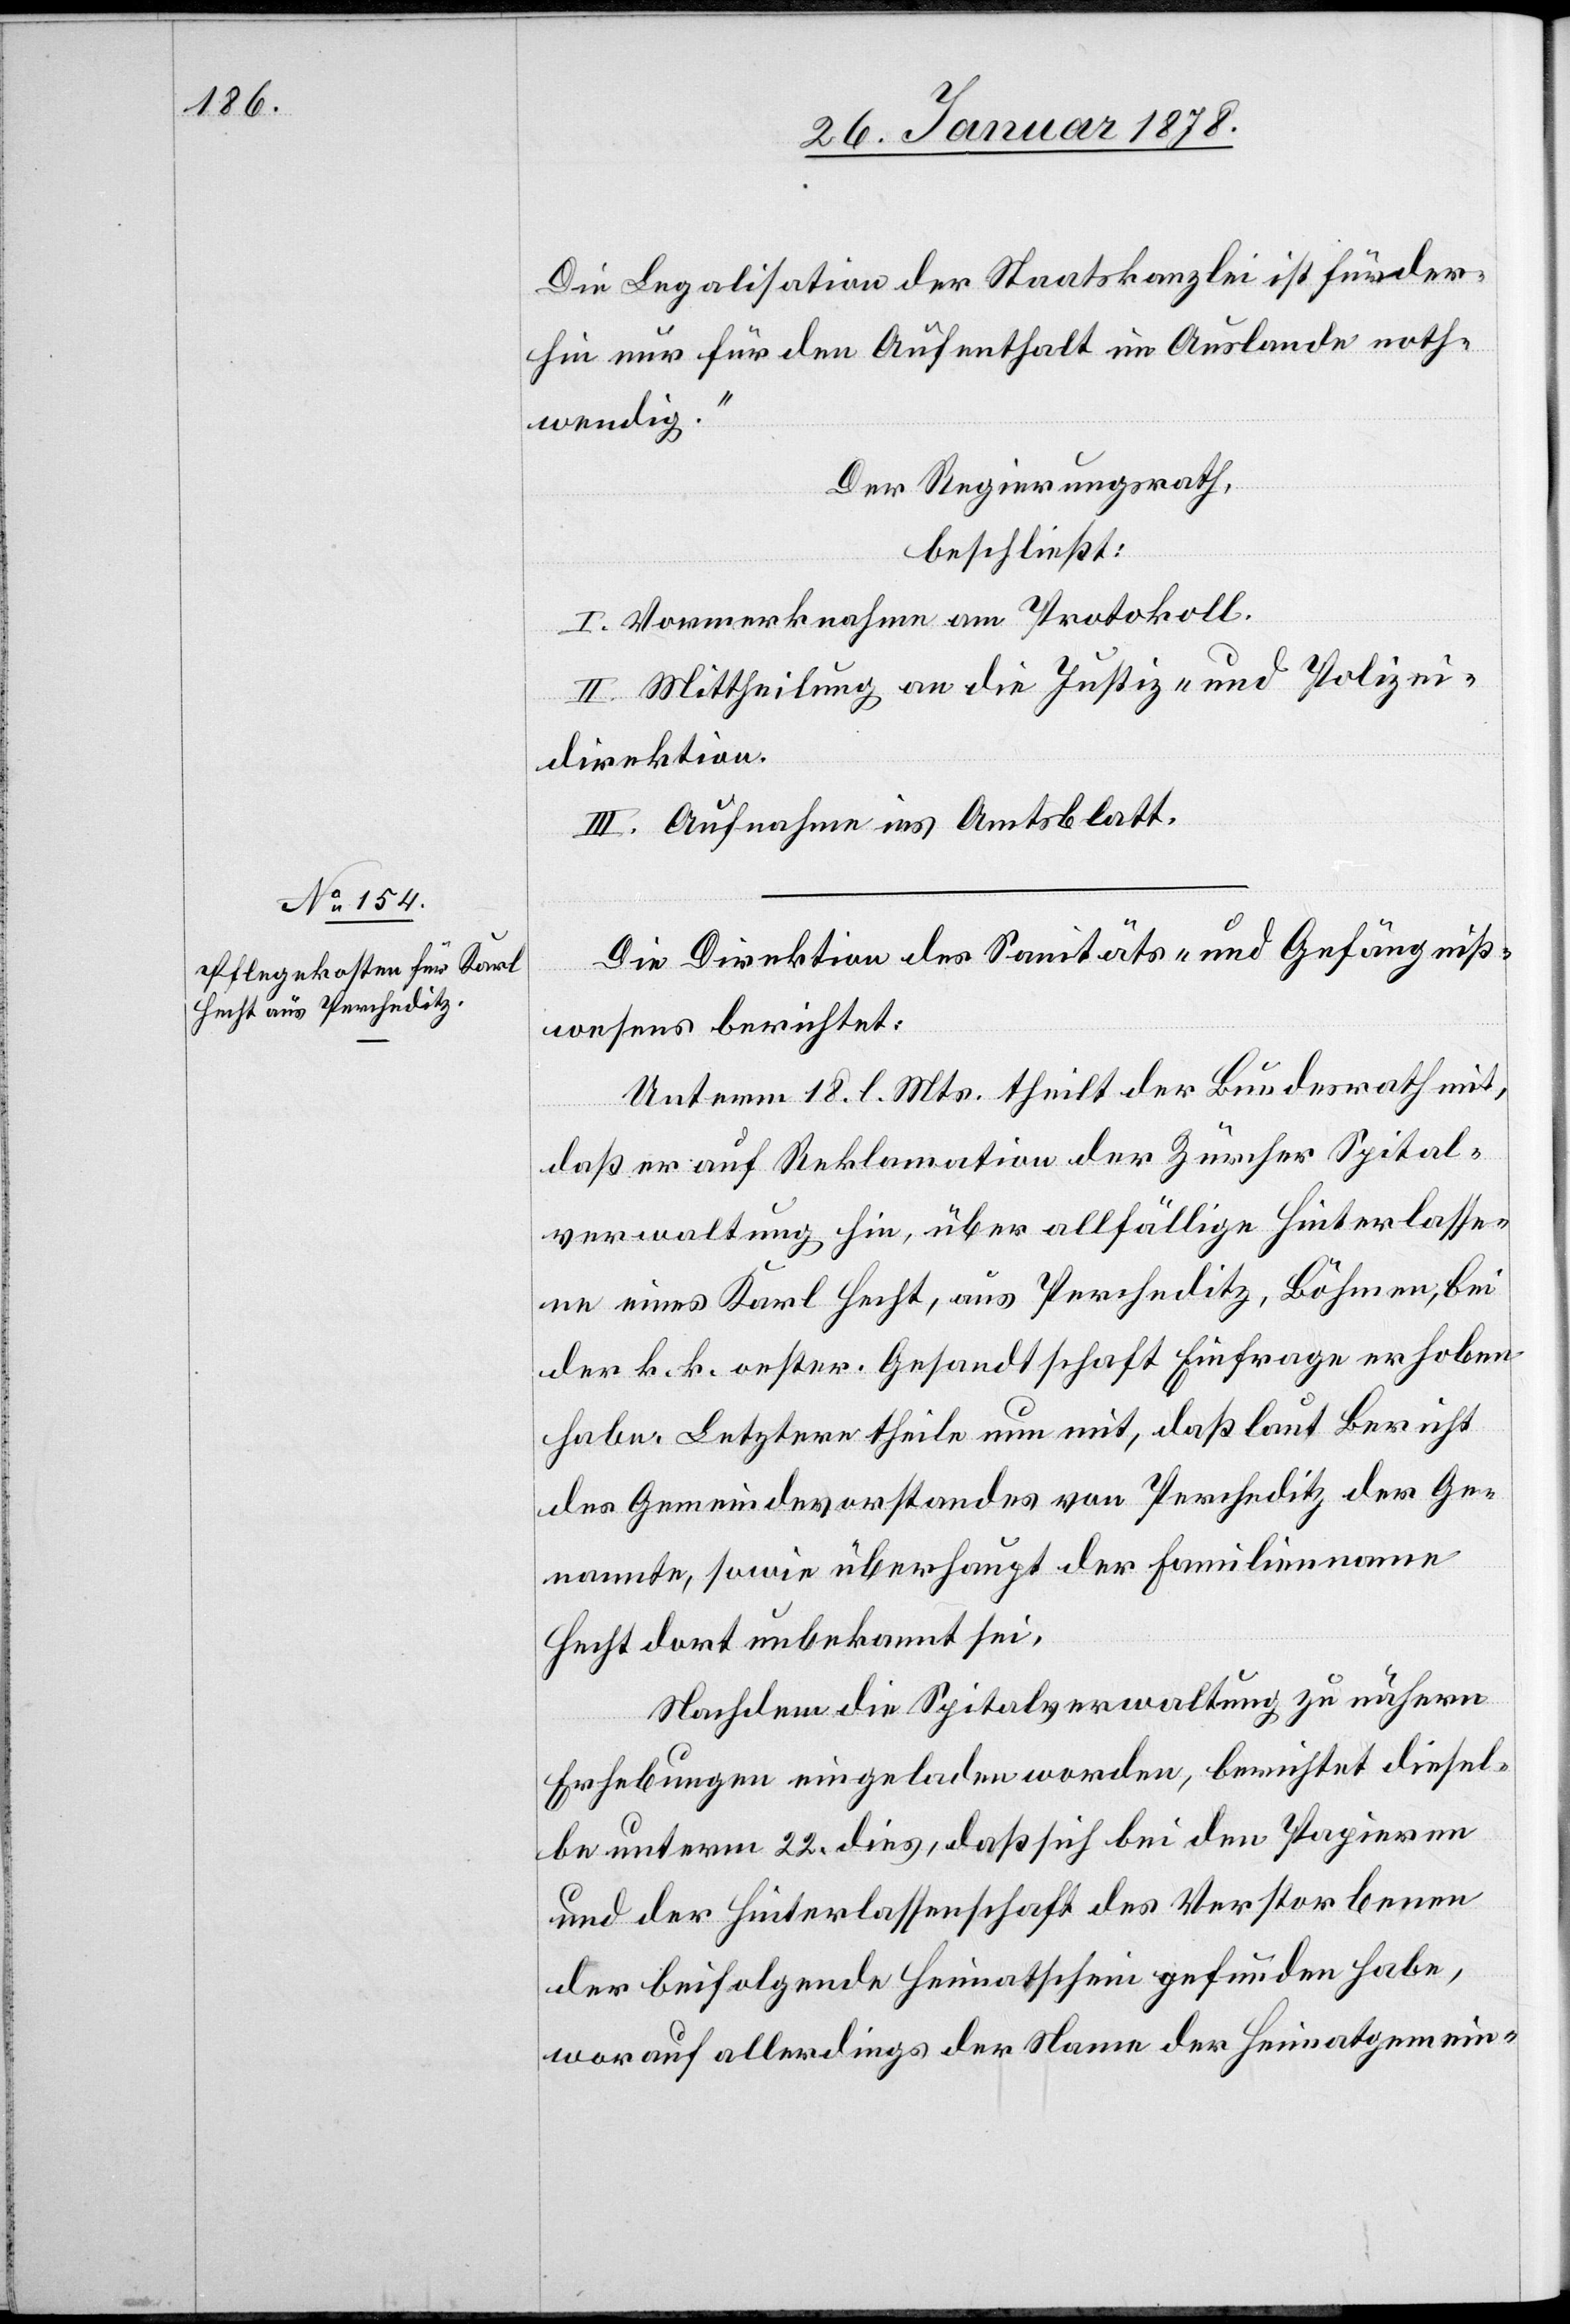
Die Legalisation der Staatskanzlei ist fürder¬
hin nur für den Aufenthalt im Auslande noth¬
wendig.“
Der Regierungsrath,
beschließt:
I. Vormerknahme am Protokoll.
II. Mittheilung an die Justiz- und Polizei¬
direktion.
III. Aufnahme ins Amtsblatt.
Die Direktion des Sanitäts- & Gefängniß¬
wesens berichtet:
Unterm 18. l. Mts. theilt der Bundesrath mit,
daß er auf Reklamation der Zürcher Spital¬
verwaltung hin, über allfällige Hinterlasse¬
ne eines Karl Hecht, aus Percheditz, Böhmen, bei
der k. k. oester. Gesandtschaft Einfrage erhoben
habe. Letztere theile nun mit, daß laut Bericht
des Gemeindevorstandes von Percheditz der Ge¬
nannte, sowie überhaupt der Familienname
Hecht dort unbekannt sei.
Nachdem die Spitalverwaltung zu nähern
Erhebungen eingeladen worden, berichtet diesel¬
be unterm 22. dies, daß sich bei den Papieren
und der Hinterlassenschaft des Verstorbenenen
der beifolgende Heimatschein gefunden habe,
worauf allerdings der Name der Heimatgemein-